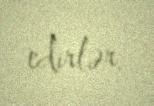
edirlər.